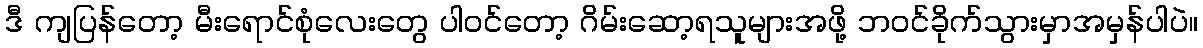
ဒီ ကျပြန်တော့ မီးရောင်စုံလေးတွေ ပါဝင်တော့ ဂိမ်းဆော့ရသူများအဖို့ ဘဝင်ခိုက်သွားမှာအမှန်ပါပဲ။